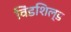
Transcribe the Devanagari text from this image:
विंडशिल्ड